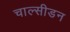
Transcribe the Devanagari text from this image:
चाल्सीडन